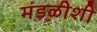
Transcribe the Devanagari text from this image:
मंडळीशी